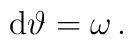
{\rm d}\vartheta=\omega\, .